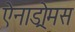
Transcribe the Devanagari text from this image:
ऐनाड्रोमस